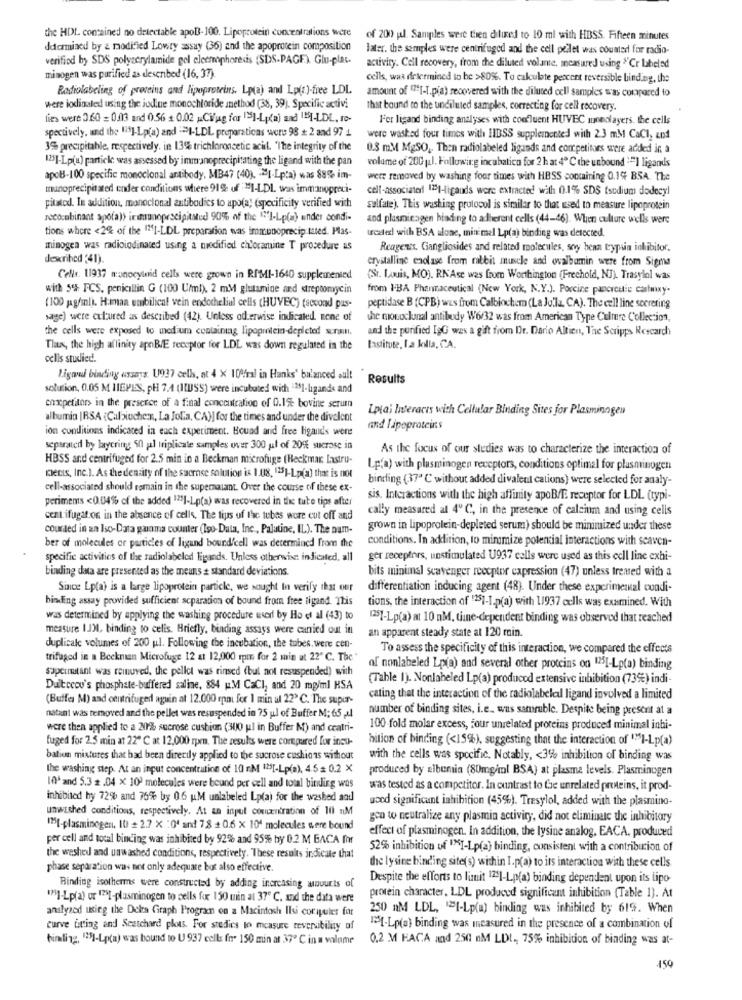
the HDL contained no detectable apol-100. Lipoprotein concentrations were
of 200 gal. Samples were then dilied to 10 ml with HBSS. Fifteen minutes
determined by & modified Lowty assay (36) and the apoprotein composition
later. the samples were centrifuged and the cell pellet was counted for radio-
verified by SDS polyacrylamide gel cleerphoresis (SDS-PAGE) Glu-plat.
activity. Cell recovery, from the diluted volante, measured using "Cr labeled
minogen was purified as described (16, 37).
cells, was determined to be >80%. To calculate percent reversible binding, the
Radiolabeling of proteins and lipoproteins. Lp(a) and Lp(z)-free LDL
amount of "[-T.pia) recovered with the diluted cell samples was compared to
were ixxdinaled using the iodine monochloride method (38, 39). Specific activi
That bound to the undiluted samples, correcting for cell recovery.
lies were 3.60 = 0.003 and 0.56 + 0.02 .Ci/jag for 11-1(a) and "MI-LDL, re-
F'er ligand binding analyses with confluent HUVEC Iunedlayers. the cells
spectively, and the "s]-Lp(a) and == 1-LDL preparations were 98 + 2 and 97
were washed four times with HIBSS supplemented with 2.3 mM CaCl, and
35% precipitable, respectively. in 13% trichloroacetic acidl. 'The integrity of the
0.3 mM MgSO ,, Then radiolabeled ligands and competitors were added in a
12]-Lp(a) particle was assessed by immanoprecipitating the ligand with the pan
volume of 200 (J. Following incubatico for 2 h at 4 ℃ the unbound == 1 ligands
apoB-100 specific monoclonal antibody, MB47 (40). - >[-Lp:a) was 88% im-
were removed by washing four times with HBSS containing 0.1% BSA. The
munoprecipitated ender conditions where 91% of "I-LDL was immanopreci-
cell-associateri 1231-ligauds were extracted with 0.1% SDS tsodium dodecyl
pitatod. In addition, monoclonal antibodies to apo(a) (specificity verified with
sulfate). This wasting protocol is similar to that used to measure lipoprotein
recombinant spola)> inmunoprecipitated 90% of the 1']-Lp(a) ender condi-
and plasmicagen binding to adherent cells (44-46). When culture wells were
tions where <2% of the 131-LDL preparation was immunoprecip tuted. Plas-
wcale with BSA alone, mit mel Lp(a) binding was detected.
minogen was radioiodinated using a modified chloramine T procedure as
Reagens, Gangliosides and related molecules, soy bean trypsin inhibitor.
described (41).
crystalline enolase from rabbit muscle and ovalbamin were from Sigma
Cells. 11937 monocylmid cells were grown in RIMI-1640 supplemented
"St. Louis, MO). RNAse was from Worthington (Frechold, NJ). Trasylol was
with 5% ICS, penicillin G (100 U/ml), 2 mM glutamine and streptomycin
from IBA Phanmaceutical (New York, N.Y.). Porcine pancreatic carfmxy-
(100 pg/ml). Hamaa umbilical vein endothelial cells (HUVEC) (second pas-
peptidase B (CPB) wus from Calbiochem (La Jolla, CA). The cell line secreting
sage) were cultured as described (42). Unless oderwise indicated none of
the monoclonal antibody W6/32 was from American Type Culture Collection,
the cells were exposed to medium containing lipoprotein-depleted! sonoill.
and the purified IgG was a gift from Dr. Dario Altien, The Scripps Research
Tlax, the high affinity apeBE receptor for LDL was down regulated in the
Lastitute, La killa, CA.
cells studied.
Ligand binding assays. U937 cells, at 4 X 100fral in Hanks' balanced oult
Results
solution, 0.05 M IIEPES, pH 7.4 (ISS) were incubated with "381-ligands and
chacpetitors in the presence of a final concentration of 0.15 bovine serum
Lplai Interacts with Cellular Binding Sites for Plasminogen
albumin |RSA {Caliuche:x, La Jolla, CA)] for the times and under the divalent
ion conditions indicated in each experiment. Bound and free ligands wens
and lipoproteins
separated by layering 50 jal triplicate samples over 300 ut of 20% sucrose in
As the focus of our stedies was to characterize the interaction of
HBSS and centrifuged for 2.5 min in a Beckman microfuge (Heckmar. Lastru-
Lp(a) with plasminogen receptors, conditions optimal for plasminogen
DeLIS, Inc.). As the density of the suorse solution is 1.08, 125]-Lp(a) that is not
binding (37ª ℃ without added divalent cations) were selected for analy-
cell-associated should remain in the supernatant. Over the course of these ex-
perimems <0.04% of the added 1231-Lp(a) was recovered in the tube tips after
sis. Interactions with the high affinity apoB/E receptor for LDL (typi-
cally measured al 4º C, in the presence of calcium and using cells
centrifugat.on in the absence of cells. The tips of the tubes wore cut off and
courted in an Iso-Data garoma counter (Iso-Data, Inc ., Palatine, IL). The num-
grown in lipoprotein-depleted serum) should be minimized under these
conditions. In addition, to minimize potential interactions with scaven-
ber of molecules or particles of ligand bound/cell was determined from the
specific activities of the radiolabeled ligands. Unless otherwise indicated, all
ger receptors, unstimulated U937 cells were used as this cell line exhi-
binding data are presented as the means & standard deviations.
bits minimal scavenger receptor capression (47) unless tremed with a
Since Lp(a) is a large lipoprotein particle, we sought In verify that our
differentiation inducing agent (48). Under these experimental condi-
binding assay provided sufficient scparation of bound from free tigand. This
tions, the interaction of "251-1.p(a) with 11937 cells was examined. With
was determined by applying the washing procedure wsorl by Ho et al (43) to
[25]-Lp(a) at 10 nM, time-dependent binding was observed that reached
measure I.JML, binding to celis. Briefly, binding assays were canied out in
an apparent steady state at 120 min.
duplicale volumes of 200 ul. Following the incubation, the tubes. were cen-
To assess the specificity of this interaction, we compared the effects
trifaged in a Beckman Microfuge 12 at 12,000 rpm for 2 min ut 22" C. The'
supernatant was reinuved, the pellet was rinsed (but not resuspended) with
of nonlabeled Lp(a) and several other proteins on 1251-Lp(a) binding
(Table 1). Nonlaheled Lp(a) produced extensive inhibition (73%) indi-
Dultreev's phosphate-buffered saline, 884 p.M CaCI, and 20 mg/ml KSA
(Buffe M) and centrifuged aguin at 12.000 rpm for 1 min ul 22º C. The super-
cating that the interaction of the radiolabeled ligand involved a limited
number of binding sites, i.e. was samruble. Despite being present at a
natant was removed and the pellet was resuspended in 75 ul of Buffer M; 65 Al
were then applied to a 2016 sucrose cushion (300 ul in Buffer M) and ccatri-
100 fold molar excess, jour unrelated proteins produced minimal inhi-
fuged for 2.5 min at 22" ℃ at 12,000 rpm. The results were compared for incu-
hition of binding (<15%), suggesting that the interaction of "I-Lp(a)
bation mixtures that had been directly applied to the sucrose cushions without
with the cells was specific, Notably, < 3% inhibition of binding was
the washing step. At an input concentration of 10 M "25[-Lp(a), 4.5 = 0.2 X
produced by albumia (80mg/ml BSA) at plasma levels. Plasminogen
10' and 5.3 .04 x 10) molecules were bound per cell and total binding was
was tested as a competitor. In contrast to the unrelated proteins, it prod-
inhibited by 72% and 75% by 0.6 uM unlabeled Lp(a) for the washed and
used significant inhibition (45%). Tresylol, added with the plasmino-
unwashed conditions, respectively. At an input concentration of 10 nM
go to neutralize any plasmin activity, did not eliminate the inhibitory
"5[-plasminogen, 10 + 2.7 X : 0' and 78 + 0.6 x 10' molecules were bound
effect of plasminogen. In addition, the lysine analog, EACA, produced
per cell and total binding was inhibited by 92% and 95% by 0.2 M BACA für
52% inhibition of ""I-Lp(a) binding, consistent with a contribution of
the washed and unwashed conditions, respectively. These results indicate that
phase separation was not only adequate but also effective.
the lysine binding site(s) within I.p(a) to its interaction with these cells
Despite the efforts to limit 1231-Lp(a) binding dependent upon its lipo-
Binding isotherms were constructed by adding increasing winvurts of
""]-Lp(a) or 129I-plasminogen to cells for 150 min at 37 ℃. and the data were
protein character, LDL produced significant inhibition (Table 1). At
analyzed using the Delta Graph Program on a Macintosh Ilsi coripelet for
250 nM LDL, ""I-Lp(a) binding was inhibited by 619. When
curve itting and Seetchard plots. For stedics to measure reversibility of
12{-Lp(a) binding was measured in the presence of a combination of
himling, 135]-Lp(a) was bound to U 937 cells for 150 min at 37º C in a volume
0,2 M HACA and 250 nM LDt ., 75% inhibition of binding was at-
450